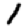
Digit: 1